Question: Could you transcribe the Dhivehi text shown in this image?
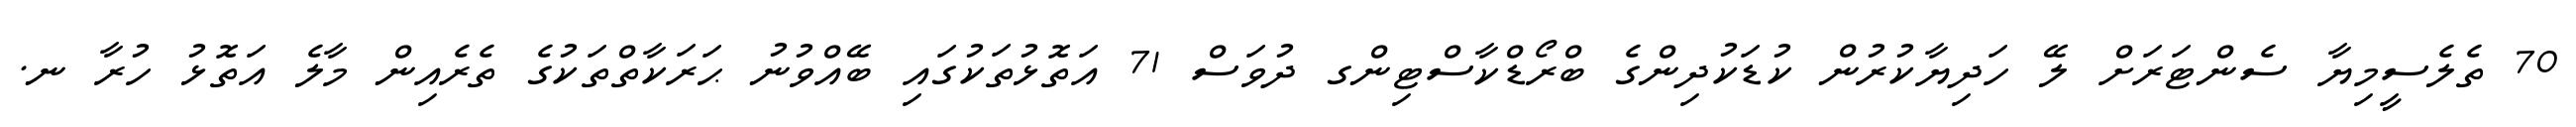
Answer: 70 ތެލެސީމިޔާ ސެންޓަރަށް ލޭ ހަދިޔާކުރުން ކުޑަކުދިންގެ ބްރޯޑްކާސްޓިންގ ދުވަސް 71 އަތޮޅުތަކުގައި ބޭއްވުނު ޙަރަކާތްތަކުގެ ތެރެއިން މާލެ އަތޮޅު ހުރާ ނ.